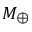
M _ { \oplus }